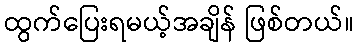
ထွက်ပြေးရမယ့်အချိန် ဖြစ်တယ်။